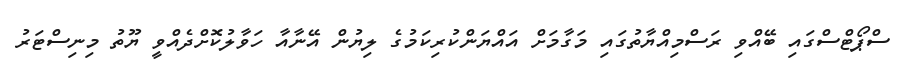
ސްޕޯޓްސްގައި ބޭއްވި ރަސްމިއްޔާތުގައި މަގާމަށް އައްޔަންކުރިކަމުގެ ލިޔުން އޭނާއާ ހަވާލުކޮށްދެއްވީ ޔޫތު މިނިސްޓަރު